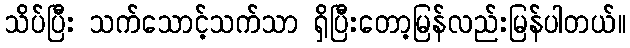
သိပ်ပြီး သက်သောင့်သက်သာ ရှိပြီးတော့မြန်လည်းမြန်ပါတယ်။